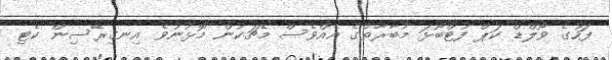
ފަހުގެ ވޯލްޑް ކަޕް ފުޓްބޯޅަ މުބާރާތުގެ އެއްވެސް މެޗަކުން މޮޅުނުވެ އިނގިރޭސިން ކެޓި